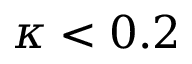
\kappa < 0 . 2